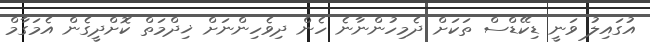
އުގައިލު ވަނީ ޑިކޭޑްސް ތަކަށް ދެމިހުންނާނެ ހެން ދިވެހިންނަށް ޚިދްމަތް ކޮށްދީގެން އެމަގާމް